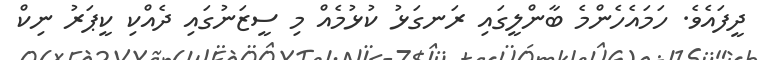
ދީފައެވެ. ހަމައެހެންމެ ބާންލީގައި ރަނގަޅު ކުޅުމެއް މި ސީޒަނުގައި ދެއްކި ކީޕަރު ނިކް